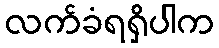
လက်ခံရရှိပါက